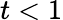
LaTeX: t<1